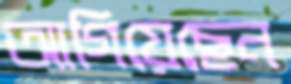
আগিয়েছেন